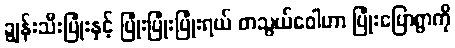
ချွန်းသီးပြုံးနှင့် ပြုံးပြုံးပြုံးရယ် တသွယ်ဝေါဟာ ပြုံးပြောရွာကို